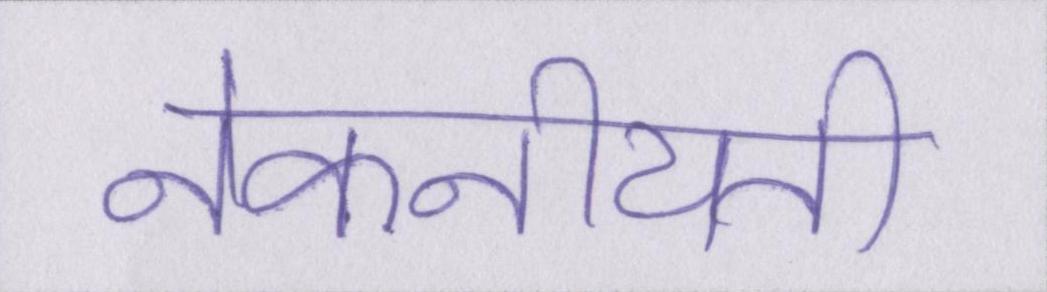
नेकनीयती